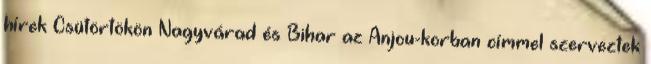
hírek Csütörtökön Nagyvárad és Bihar az Anjou-korban címmel szerveztek